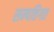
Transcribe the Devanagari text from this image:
सम्पत्तिगत